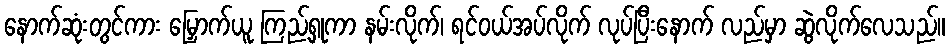
နောက်ဆုံးတွင်ကား မြှောက်ယူ ကြည့်ရှုကာ နမ်းလိုက်၊ ရင်ဝယ်အပ်လိုက် လုပ်ပြီးနောက် လည်မှာ ဆွဲလိုက်လေသည်။